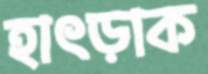
হাৎড়াক